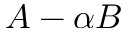
A - \alpha B